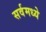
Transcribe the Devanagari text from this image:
सर्वमध्ये